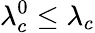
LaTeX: \lambda_{c}^{0}\leq\lambda_{c}